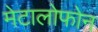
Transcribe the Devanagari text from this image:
मेटालोफोन